Scottish Leaving Certificate Examination, 1961
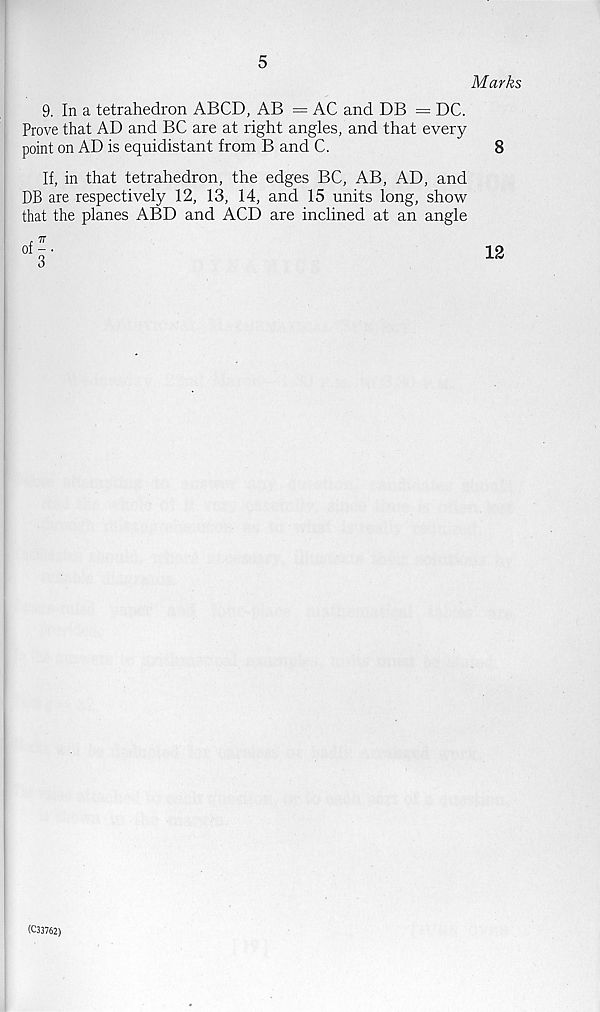
5
9. In a tetrahedron ABCD, AB = AC and DB = DC.
Prove that AD and BC are at right angles, and that every
point on AD is equidistant from B and C.
If, in that tetrahedron, the edges BC, AB, AD, and
DB are respectively 12, 13, 14, and 15 units long, show
that the planes ABD and ACD are inclined at an angle
(C33762)
Marks
8
12